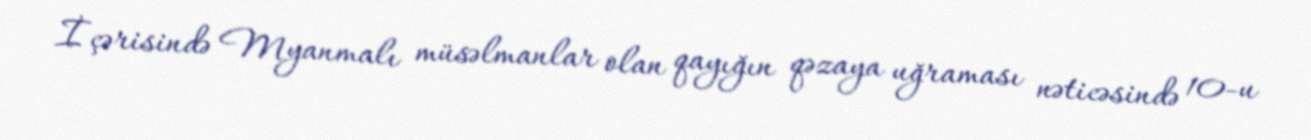
İçərisində Myanmalı müsəlmanlar olan qayığın qəzaya uğraması nəticəsində 10-u